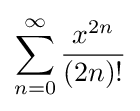
\sum _{n=0}^{\infty }{\frac {x^{2n}}{(2n)!}}